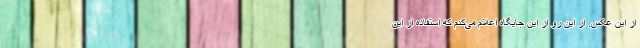
از این عکس. از این رو از این جایگاه اعلام می‌کنم که استفاده از این